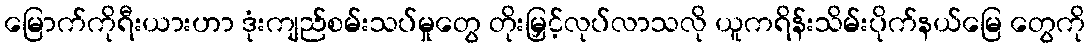
မြောက်ကိုရီးယားဟာ ဒုံးကျည်စမ်းသပ်မှုတွေ တိုးမြှင့်လုပ်လာသလို ယူကရိန်းသိမ်းပိုက်နယ်မြေ တွေကို